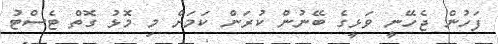
ފަހުން ޖެހޭނީ ވަޅީގެ ބޭނުން ކުރަން ކަމަށް މި މޮޅު ގޮތް ޓެސްޓު